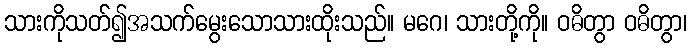
သားကိုသတ်၍အသက်မွေးသောသားထိုးသည်။ မဂေ၊ သားတို့ကို။ ဝဓိတွာ ဝဓိတွာ၊